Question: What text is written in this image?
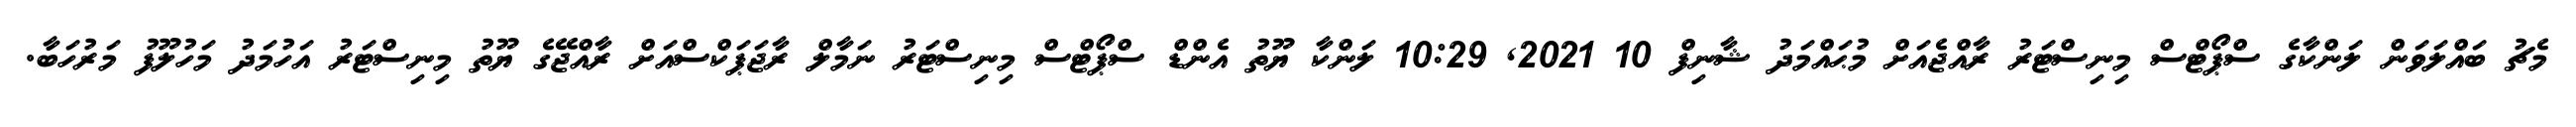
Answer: މެޗު ބައްލަވަން ލަންކާގެ ސްޕޯޓްސް މިނިސްޓަރު ރާއްޖެއަށް މުޙައްމަދު ޝާނިފް 10 2021, 10:29 ލަންކާ ޔޫތު އެންޑް ސްޕޯޓްސް މިނިސްޓަރު ނަމާލް ރާޖަޕަކްސްއަށް ރާއްޖޭގެ ޔޫތު މިނިސްޓަރު އަހުމަދު މަހުލޫފު މަރުހަބާ.